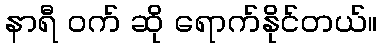
နာရီ ဝက် ဆို ရောက်နိုင်တယ်။